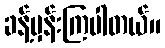
ခန့်မှန်းကြပါတယ်။